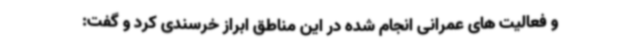
و فعالیت های عمرانی انجام شده در این مناطق ابراز خرسندی کرد و گفت: